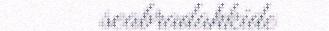
seabradahkide